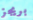
بريجز